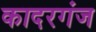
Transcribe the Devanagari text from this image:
कादरगंज